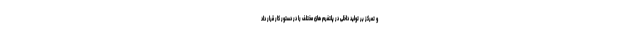
و تمرکز بر تولید داخلی در پلتفرم های مختلف را در دستور کار قرار داد